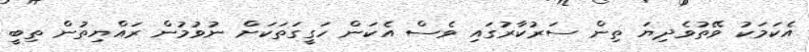
އެކަމަކު ވޭތުވެދިޔަ ތިން ސަރުކާރުގައި ވެސް އެކަން ހަގީގަތަކަށް ނުވުމުން ރައްޔިތުން ތިބީ